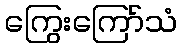
ကြွေးကြော်သံ